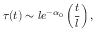
\tau ( t ) \sim l e ^ { - \alpha _ { 0 } } \left( \frac { t } { l } \right) ,